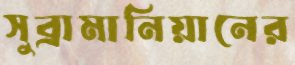
সুব্রামানিয়ানের